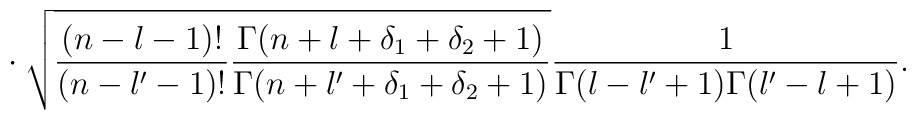
\cdot \> \sqrt{\frac {(n-l -1)!}                     {(n-l'-1)!}               \frac {\Gamma(n+l +\delta_1+\delta_2+1)}                     {\Gamma(n+l'+\delta_1+\delta_2+1)} }\frac{1}{\Gamma(l-l'+1)\Gamma(l'-l+1)}.